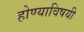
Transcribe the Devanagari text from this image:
होण्याविषयी